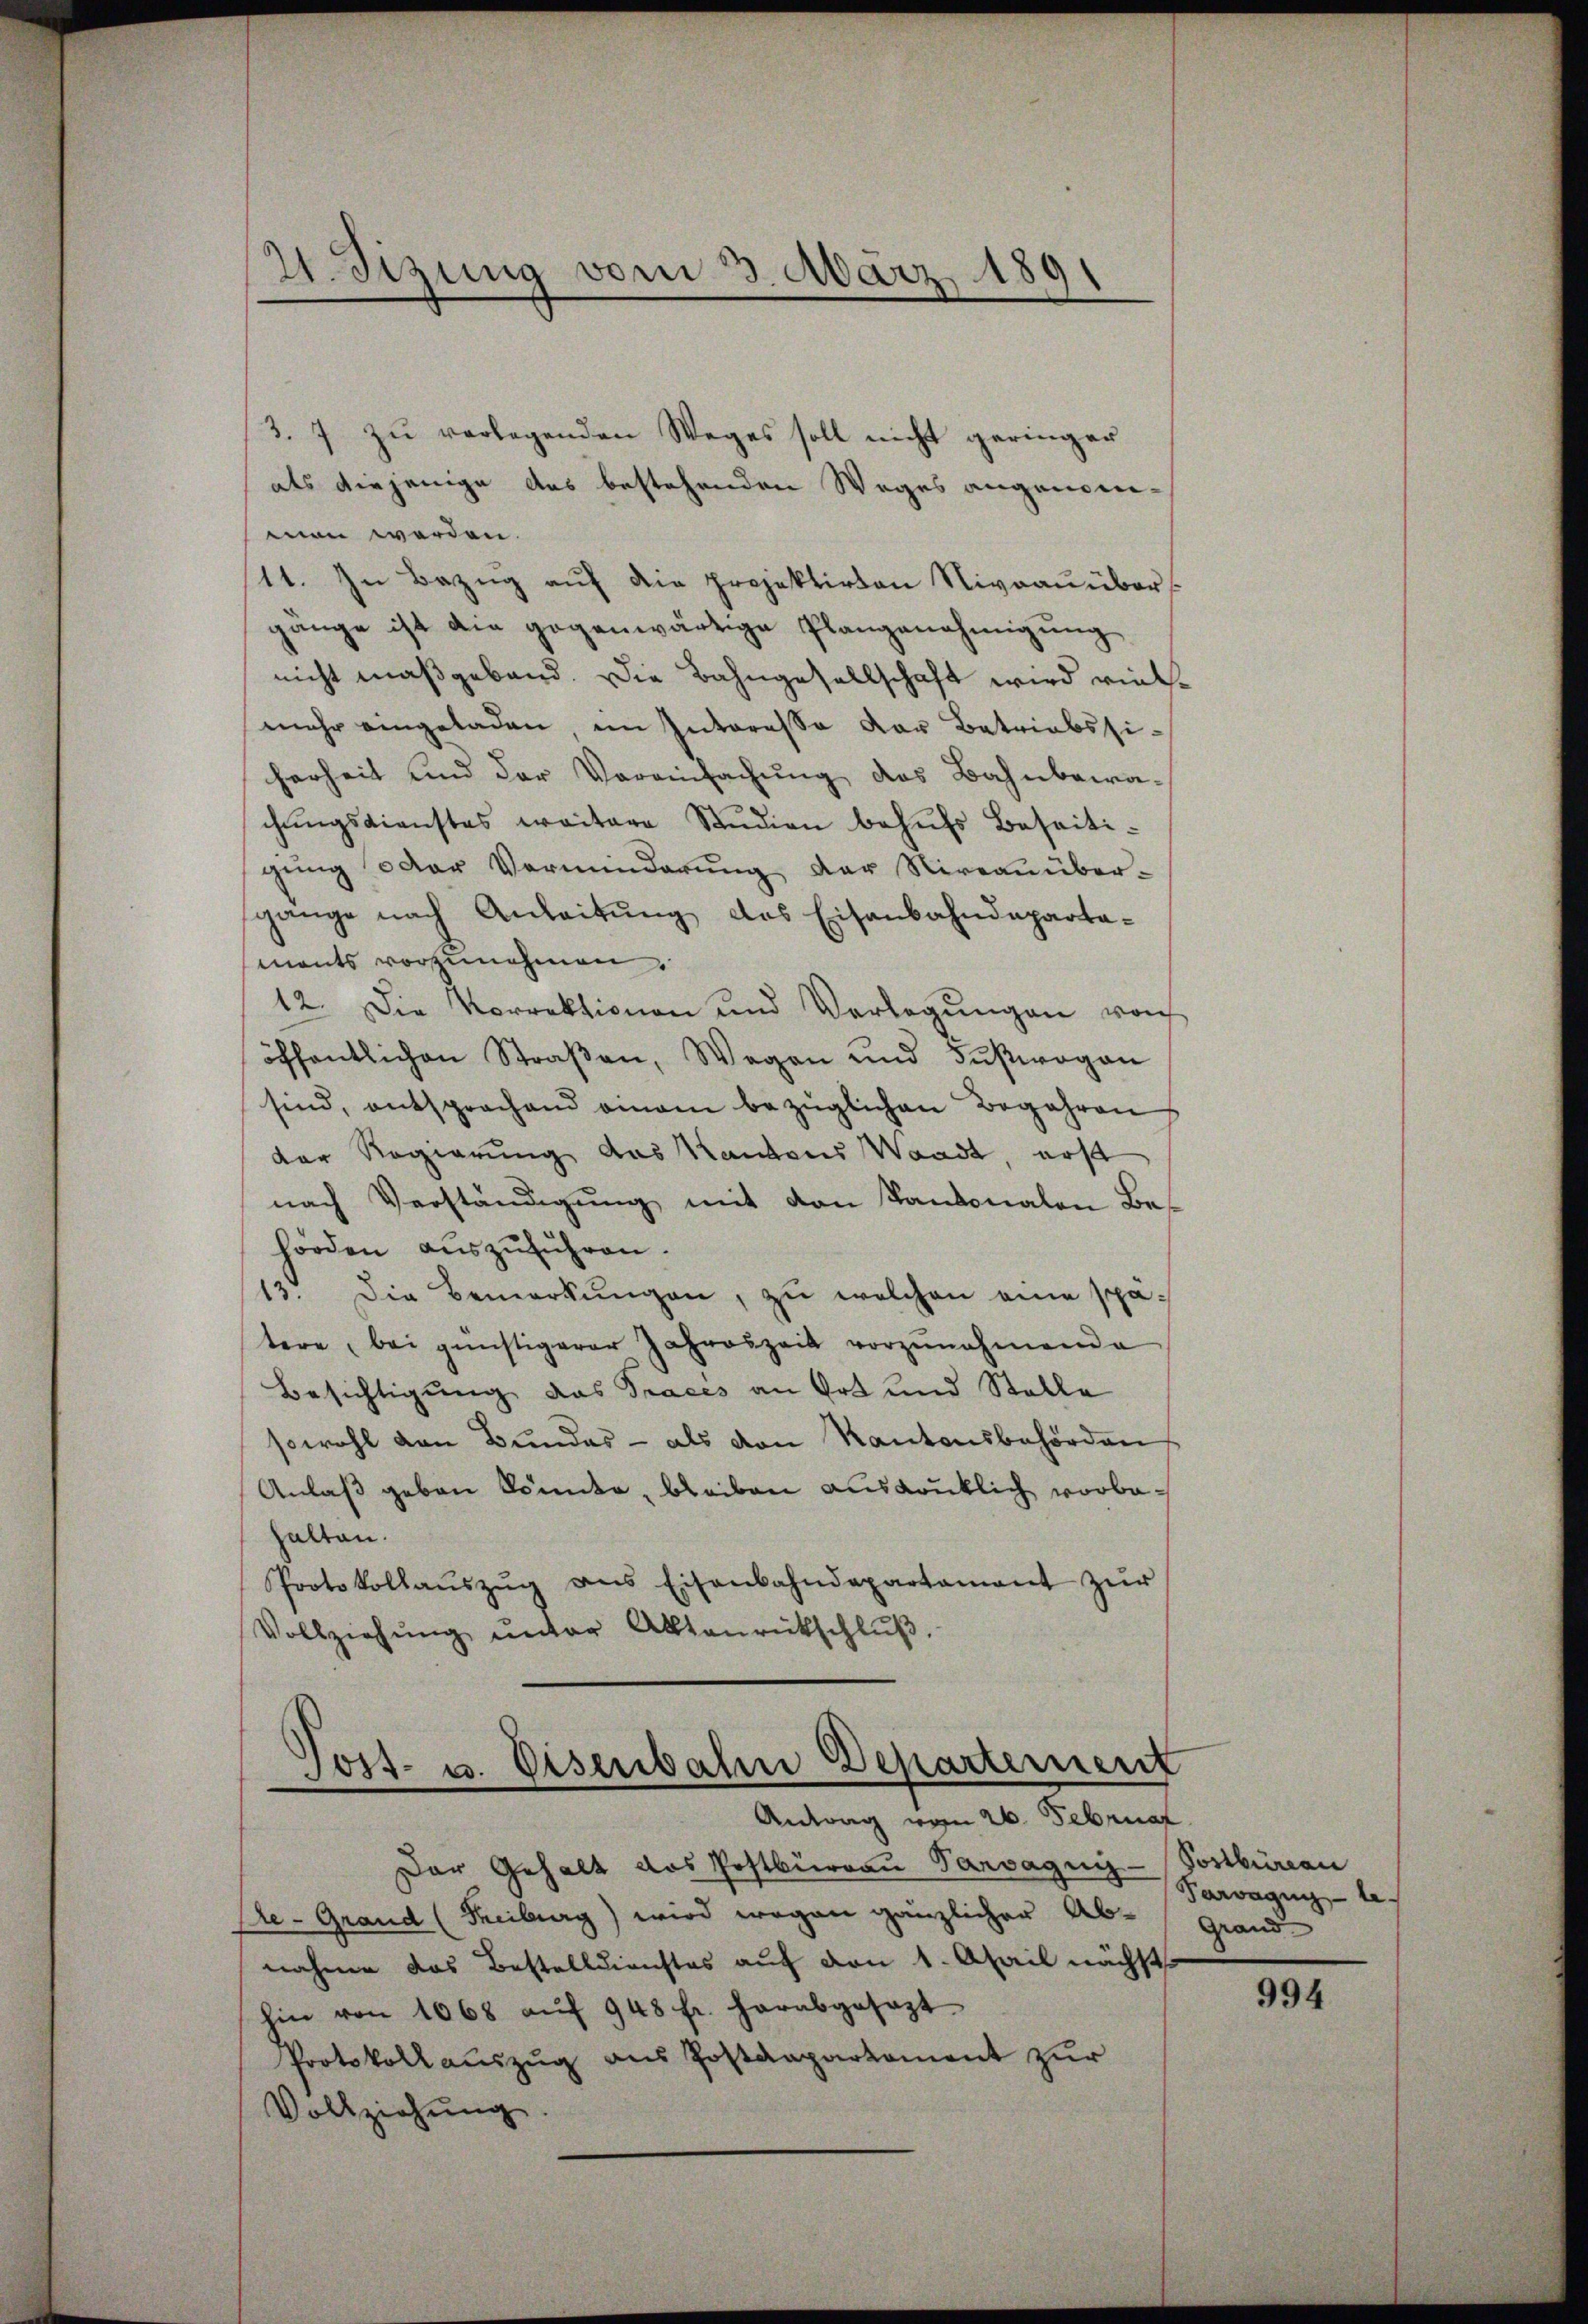
3. 7 zu verlegenden Weges soll nicht geringer
als diejenige des bestehenden Weges angenommen werden.
11. In Bezug auf die projektirten Niveauüber
gänge ist die gegenwärtige Plangenehmigung
nicht maßgebend. Die Bahngesellschaft wird vielmehr eingeladen im Interesse der Betriebssiherheit und der Vereinfachung des Bahnbeera-
chungsdienstes weitere Studien behufs Beseitigŭng oder Verminderŭng der Niveau über-
gänge nach Anleitŭng das Eisenbahndeparta-
ments vorzunehmen.
12. Die Vorrektionen und Verlegŭngen von
öffentlichen Straβen, Wegen und Fußwegen
sind, entsprochend einem bezüglichen Begehren
der Regierung des Kantons Waadt, erst
nach Verständigŭng mit von Kantonalen Behörden aŭszŭführen.
13. Die Bemerkŭngen, zu welchen eine spätere, bei günstigerer Jahreszeit vorzŭnehmende
Besichtigung das Traces an Ort und Stelle
sowohl von Bundes- als von Kantonsbehörden
Anlaß geben könnte, bleiben ausdrüklich vorbehalten.
Protokollaŭszŭg ans Eisenbahndepartament zŭr
Vollziehŭng ŭnter Alltaŭrückschlŭβ

21. Sizung vom 3. März 1891

Tost- u. Eisenbahn Departement
Antrag vom 26. Februar.

Der Gehalt das Postbüreau Parvagnis - Postbüreau
de-Grand (Threiburg) wird wegen gänzlicher Ab-Grand
nahme das Bestelldienstes auf von 1. April nächst
hin von 1068 aŭf 948 fr. herabgesezt
Protokoll aŭszŭg ans Postdepartament zŭr
Vollziehung

Parvagung - le

994